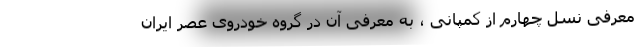
معرفی نسل چهارم از کمپانی ، به معرفی آن در گروه خودروی عصر ایران